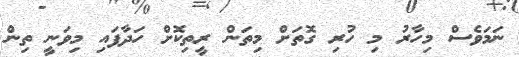
ނަމަވެސް މިހާރު މި ހުރި ގޮތަށް މިތަން ރީތިކޮށް ހަދާފައި މިވަނީ ތިން